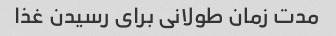
مدت زمان طولانی برای رسیدن غذا